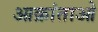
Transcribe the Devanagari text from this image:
आक्रांताओ